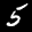
Label: 5